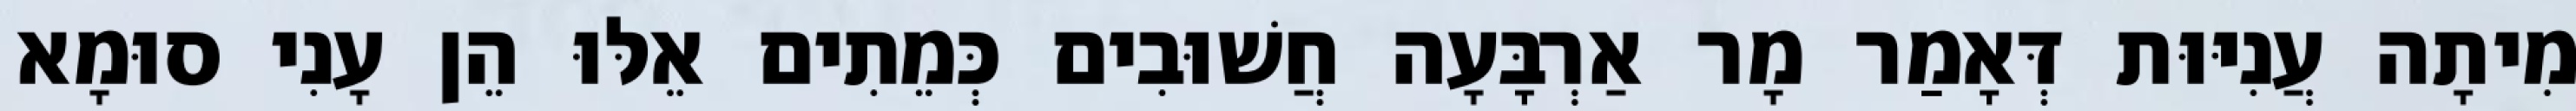
מִיתָה עֲנִיּוּת דְּאָמַר מָר אַרְבָּעָה חֲשׁוּבִים כְּמֵתִים אֵלּוּ הֵן עָנִי סוּמָא